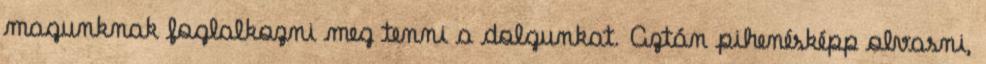
magunknak foglalkozni meg tenni a dolgunkat. Aztán pihenésképp olvasni,